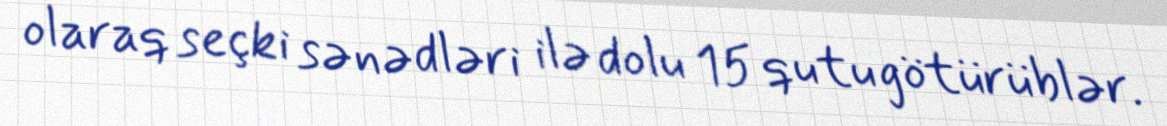
olaraq seçki sənədləri ilə dolu 15 qutu götürüblər.